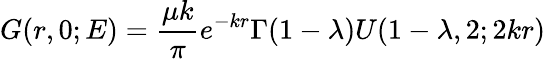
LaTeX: G(r,0;E)=\frac{\mu k}{\pi}e^{-kr}\Gamma(1-\lambda)U(1-\lambda,2;2kr)